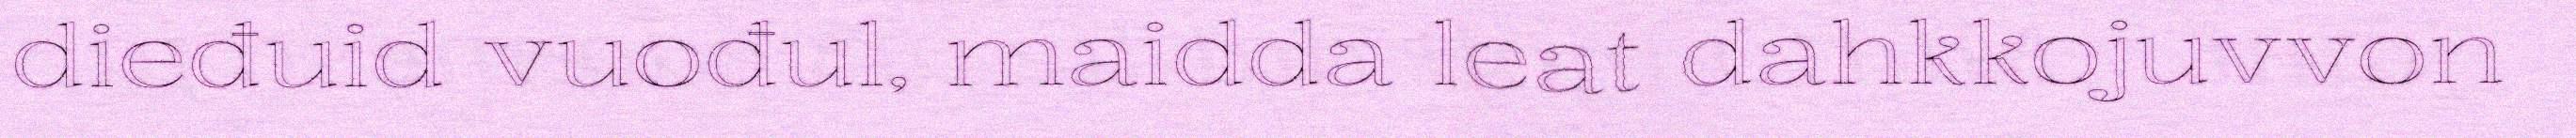
dieđuid vuođul, maidda leat dahkkojuvvon